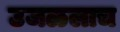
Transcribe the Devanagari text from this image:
उजळलाच